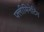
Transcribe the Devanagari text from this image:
फ्लीमिनेटिंग